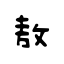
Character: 敖